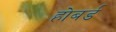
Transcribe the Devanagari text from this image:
होबर्ड